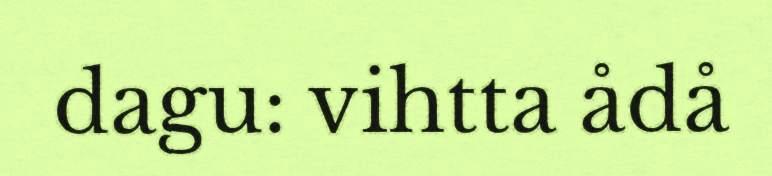
dagu: vihtta ådå